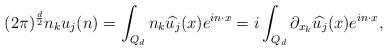
LaTeX: \begin{align*} (2\pi)^{\frac{d}{2}}n_k u_j(n) = \int_{Q_d} n_k \widehat{u_j}(x) e^{i n \cdot x} = i \int_{Q_d} \partial_{x_k} \widehat{u_j}(x) e^{i n \cdot x}, \end{align*}